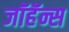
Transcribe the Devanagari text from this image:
जॉहॅन्स